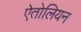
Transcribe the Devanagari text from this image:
ऐतोलियन